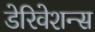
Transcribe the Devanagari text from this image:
डेरिवेशन्स